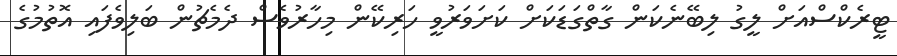
ޓީރެކްސްއަށް ލީގު ލިބޭނެކަން ގާތްގަޑަކަށް ކަށަވަރުވީ ހަރިކޭން މިހާރުވެސް ދެމެޗުން ބަލިވެފައި އޮތުމުގެ